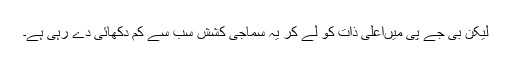
لیکن بی جے پی میںاعلیٰ ذات کو لے کر یہ سماجی کشش سب سے کم دکھائی دے رہی ہے۔